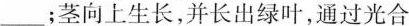
___；茎向上生长，并长出绿叶，通过光合